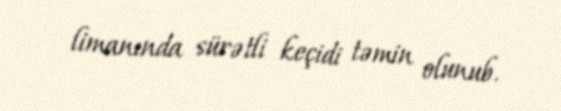
limanında sürətli keçidi təmin olunub.